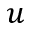
{ u }